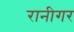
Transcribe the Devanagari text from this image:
रानीगर